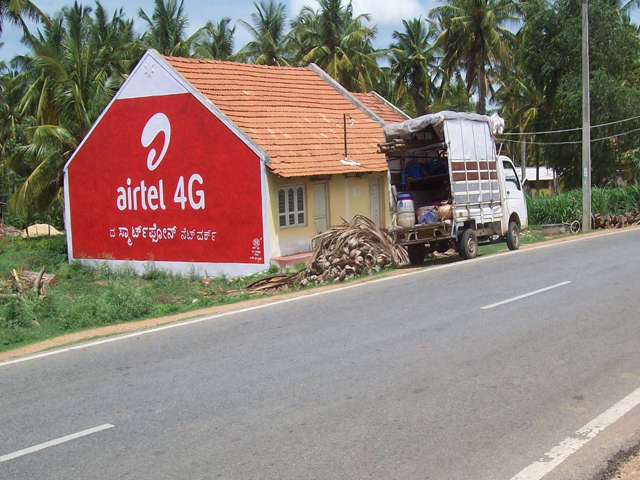
Language: kannada
Transcription: ಸ್ಮಾರ್ಟ್ ಫೋನ್ ನೆಟ್ ವಕ್